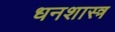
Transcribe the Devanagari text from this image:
धनशास्त्र